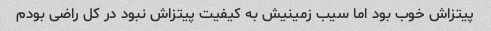
پیتزاش خوب بود اما سیب زمینیش به کیفیت پیتزاش نبود در کل راضی بودم